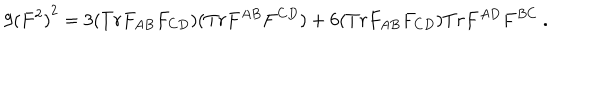
9 { ( F ^ { 2 } ) } ^ { 2 } = 3 ( T r F _ { A B } F _ { C D } ) ( T r F ^ { A B } F ^ { C D } ) + 6 ( T r F _ { A B } F _ { C D } ) T r F ^ { A D } F ^ { B C } \ .